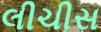
લીચીસ